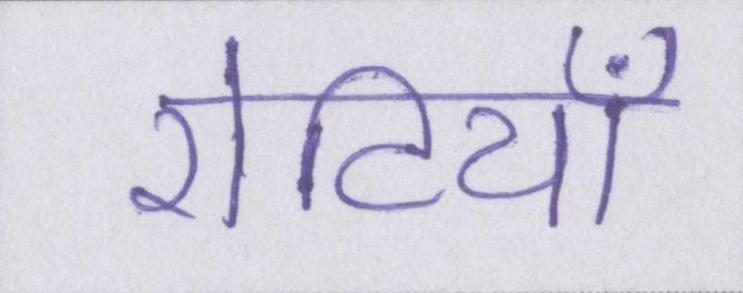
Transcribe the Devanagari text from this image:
रोटियाँ